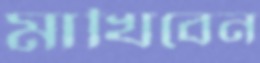
মাখিবেন